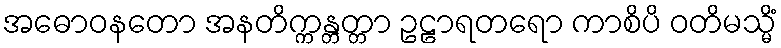
အဓောဝနတော အနတိက္ကန္တတ္တာ ဥဠာရတရော ကာစိပိ ဝတိမသ္မိံ